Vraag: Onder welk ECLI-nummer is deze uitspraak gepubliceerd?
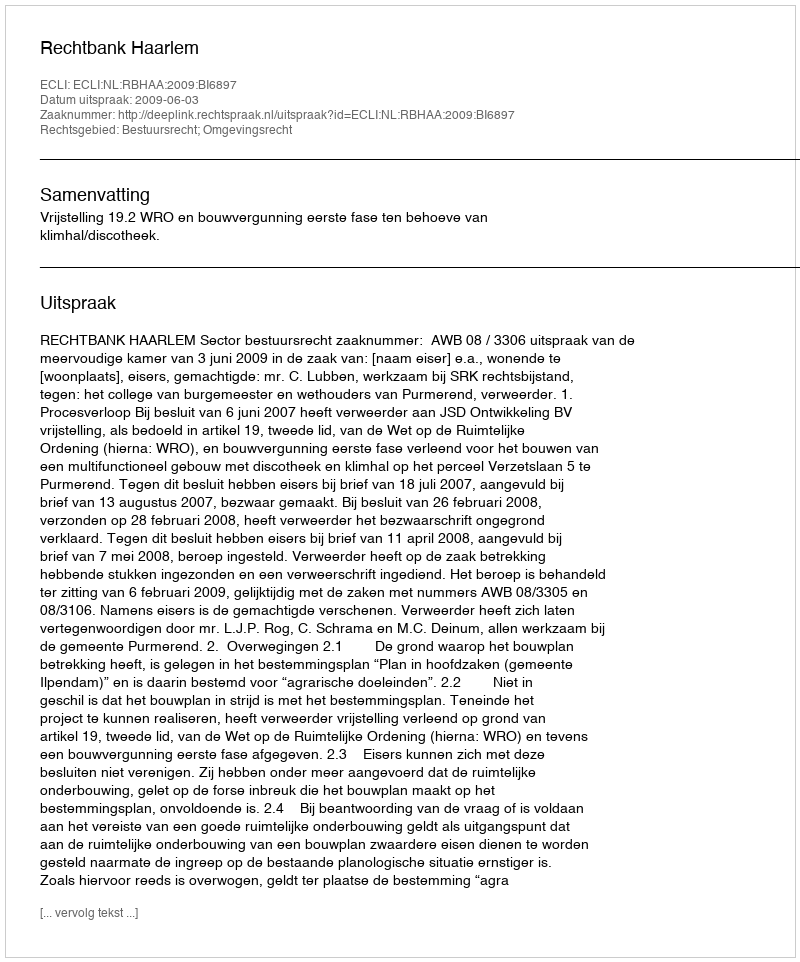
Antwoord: ECLI:NL:RBHAA:2009:BI6897